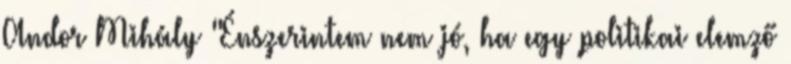
Andor Mihály "Énszerintem nem jó, ha egy politikai elemző